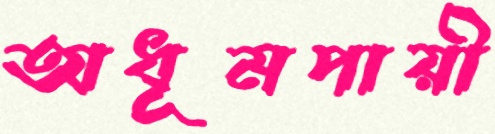
অধূমপায়ী